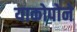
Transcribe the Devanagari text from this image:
याकोपोने